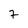
Character: 7